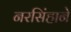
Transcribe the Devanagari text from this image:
नरसिंहाने